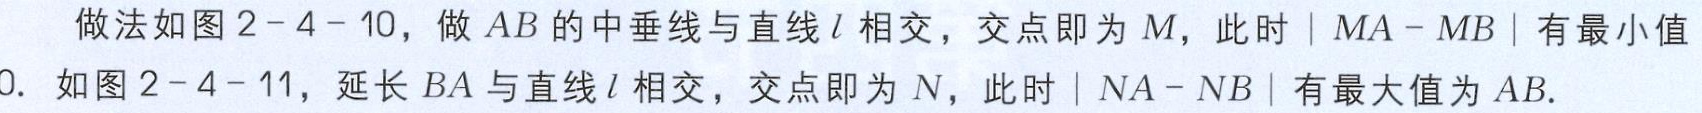
做法如图2-4-10，做 \(AB\) 的中垂线与直线 \(l\) 相交，交点即为 \(M\)，此时 \(|MA - MB|\) 有最小值

0. 如图2-4-11，延长 \(BA\) 与直线 \(l\) 相交，交点即为 \(N\)，此时 \(|NA - NB|\) 有最大值为 \(AB\).